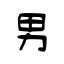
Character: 男